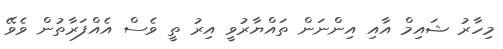
މިހާރު ޝައިމް އާއި އިންނަން ތައްޔާރުވީ އިރު ތީ ވެސް އެއްފަރާތުން ވެވޭ